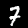
Digit: 7